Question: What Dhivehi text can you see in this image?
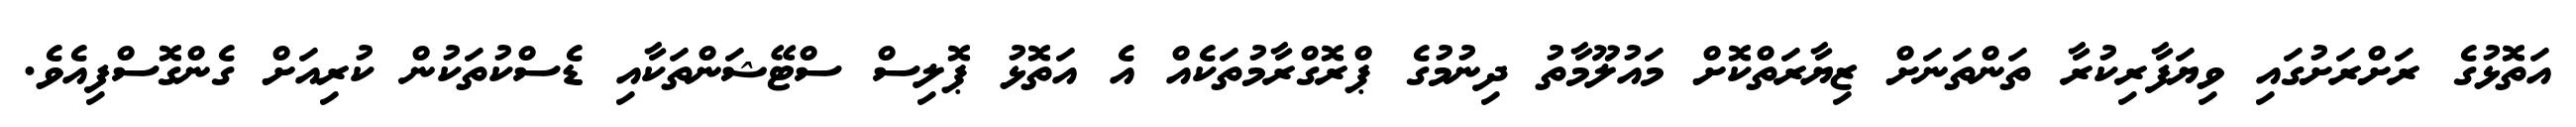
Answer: އަތޮޅުގެ ރަށްރަށުގައި ވިޔަފާރިކުރާ ތަންތަނަށް ޒިޔާރަތްކޮށް މައުލޫމާތު ދިނުމުގެ ޕްރޮގްރާމުތަކެއް އެ އަތޮޅު ޕޮލިސް ސްޓޭޝަންތަކާއި ޑެސްކުތަކުން ކުރިއަށް ގެންގޮސްފިއެވެ.